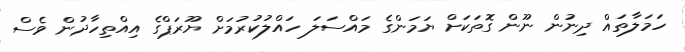
ހަމަލާތައް ދިނުން ނޫން ގޮތަކަށް ޔަމަންގެ މައްސަލަ ހައްލުކުރުމަށް ޔޫރަޕްގެ އިއްތިހާދުން ވެސް